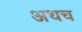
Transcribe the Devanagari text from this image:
अथच